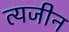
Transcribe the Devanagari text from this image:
त्यजीन